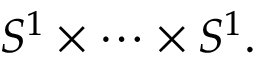
S ^ { 1 } \times \cdots \times S ^ { 1 } .